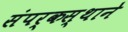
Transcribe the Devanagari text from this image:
संपर्कस्थाने